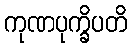
ကုဏပုက္ခိပတိ